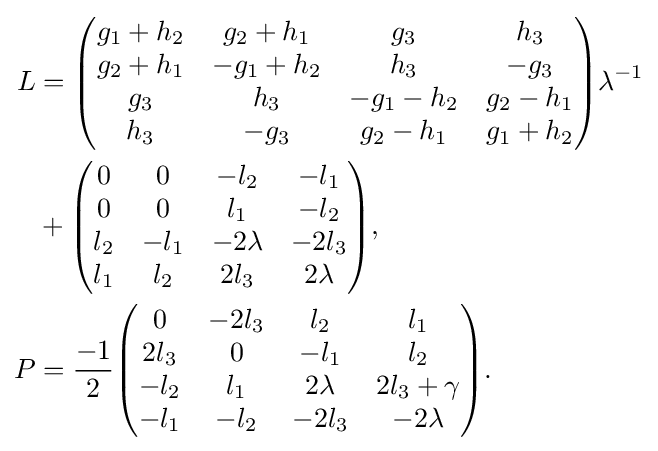
{\begin{aligned}L&={\begin{pmatrix}g_{1}+h_{2}&g_{2}+h_{1}&g_{3}&h_{3}\\g_{2}+h_{1}&-g_{1}+h_{2}&h_{3}&-g_{3}\\g_{3}&h_{3}&-g_{1}-h_{2}&g_{2}-h_{1}\\h_{3}&-g_{3}&g_{2}-h_{1}&g_{1}+h_{2}\\\end{pmatrix}}\lambda ^{-1}\\&+{\begin{pmatrix}0&0&-l_{2}&-l_{1}\\0&0&l_{1}&-l_{2}\\l_{2}&-l_{1}&-2\lambda &-2l_{3}\\l_{1}&l_{2}&2l_{3}&2\lambda \\\end{pmatrix}},\\P&={\frac {-1}{2}}{\begin{pmatrix}0&-2l_{3}&l_{2}&l_{1}\\2l_{3}&0&-l_{1}&l_{2}\\-l_{2}&l_{1}&2\lambda &2l_{3}+\gamma \\-l_{1}&-l_{2}&-2l_{3}&-2\lambda \\\end{pmatrix}}.\end{aligned}}